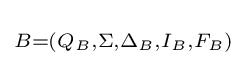
\scriptstyle B=(Q_{B},\Sigma ,\Delta _{B},I_{B},{F}_{B})